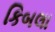
કિબલા